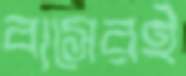
বাসেরই